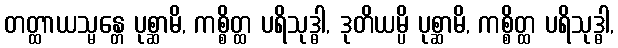
တတ္ထာယသ္မန္တေ ပုစ္ဆာမိ, ကစ္စိတ္ထ ပရိသုဒ္ဓါ, ဒုတိယမ္ပိ ပုစ္ဆာမိ, ကစ္စိတ္ထ ပရိသုဒ္ဓါ,